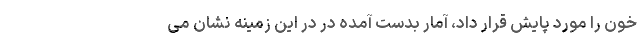
خون را مورد پایش قرار داد، آمار بدست آمده در در این زمینه نشان می